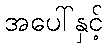
အပေါ်နှင့်